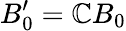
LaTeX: B_{0}^{\prime}=\mathbb{C}B_{0}